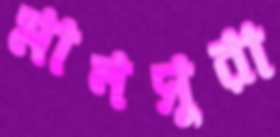
মানসুরা